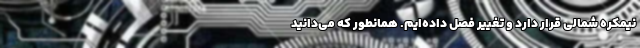
نیمکره شمالی قرار دارد و تغییر فصل داده‌‌‌ایم. همانطور که می‌دانید